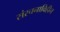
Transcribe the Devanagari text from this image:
संरचनाविहीन